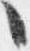
々